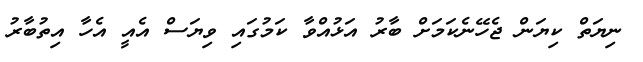
ނިޔަތް ކިޔަން ޖެހޭނެކަމަށް ބާރު އަޅުއްވާ ކަމުގައި ވިޔަސް އެއީ އެހާ އިތުބާރު